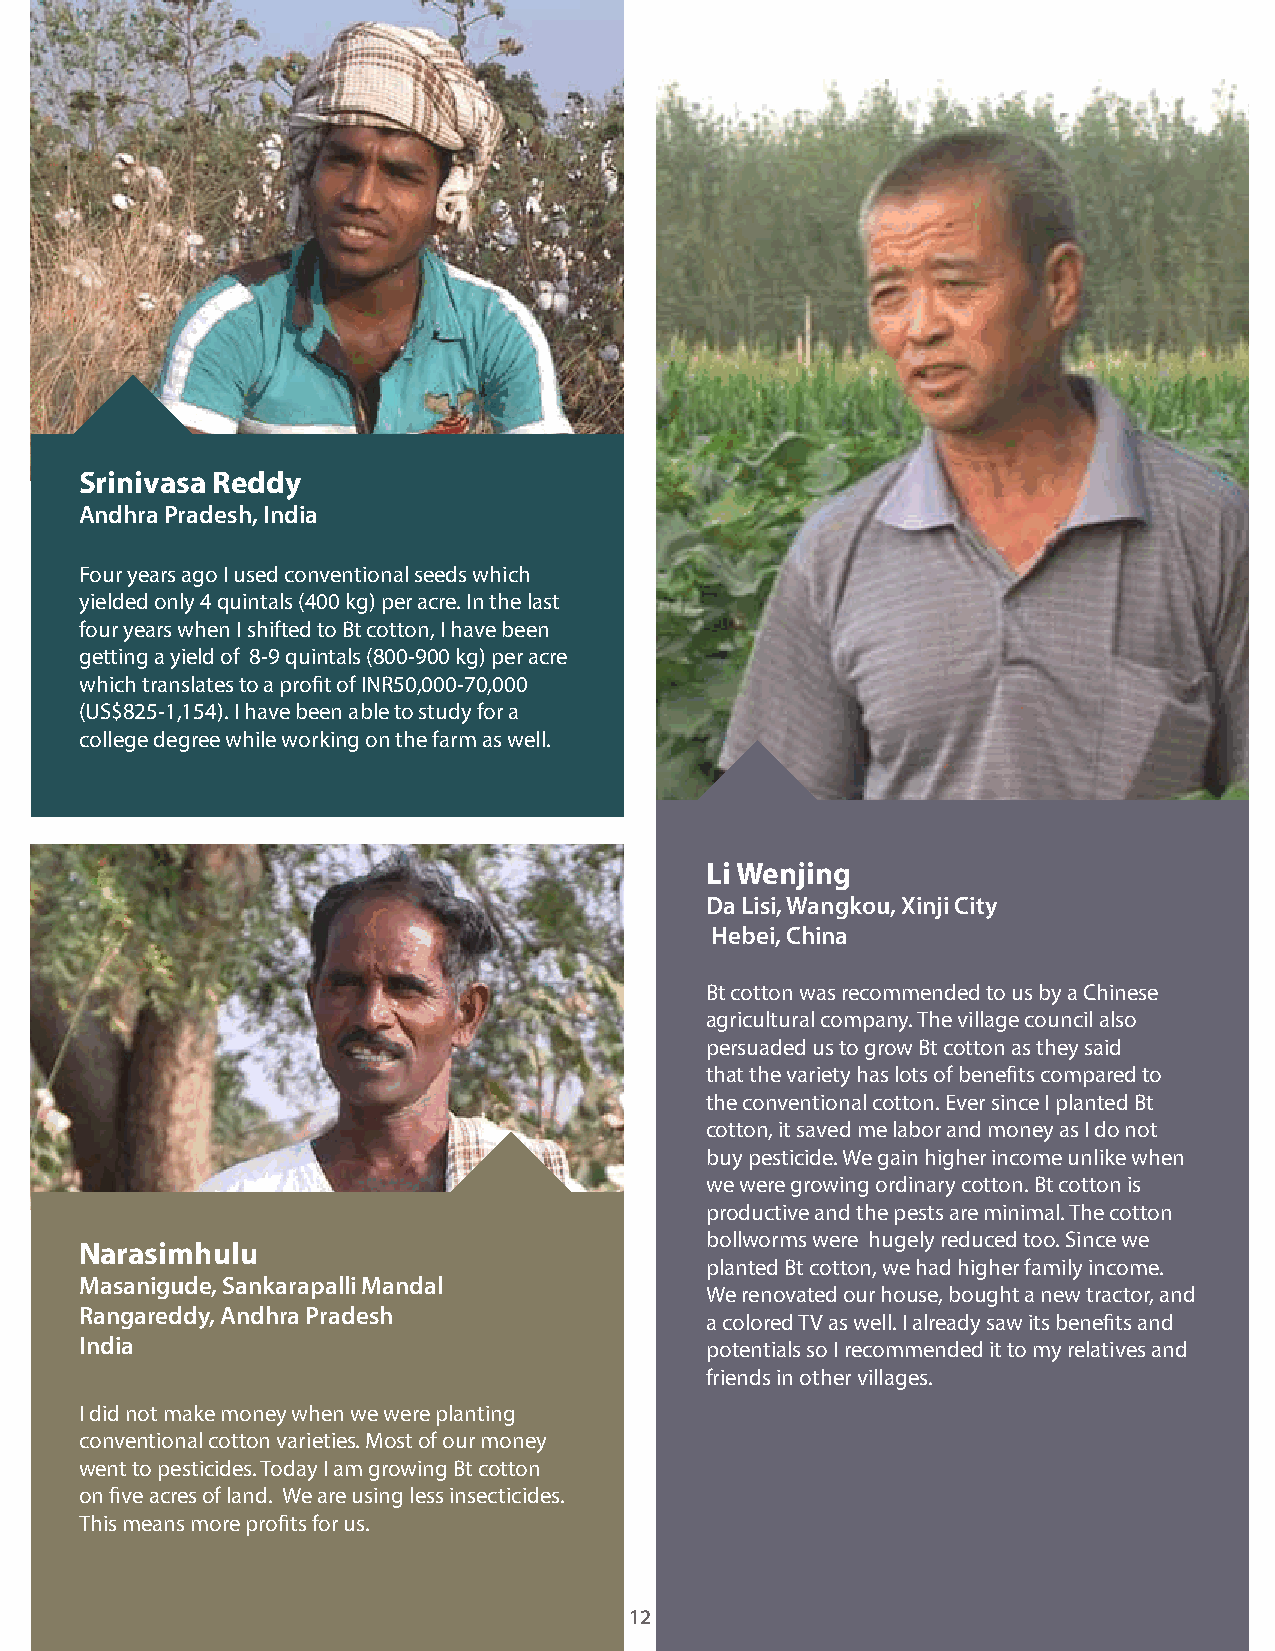
Srinivasa Reddy
 Andhra Pradesh, India
 Four years ago I used conventional seeds which
 yielded only 4 quintals (400 kg) per acre. In the last
 four years when I shifted to Bt cotton, I have been
 getting a yield of 8-9 quintals (800-900 kg) per acre
 which translates to a profit of INR50,000-70,000
 (US$825-1,154). I have been able to study for a
 college degree while working on the farm as well.
 Li Wenjing
 Da Lisi, Wangkou, Xinji City
 Hebei, China
 Bt cotton was recommended to us by a Chinese
 agricultural company. The village council also
 persuaded us to grow Bt cotton as they said
 that the variety has lots of benefits compared to
 the conventional cotton. Ever since I planted Bt
 cotton, it saved me labor and money as I do not
 buy pesticide. We gain higher income unlike when
 we were growing ordinary cotton. Bt cotton is
 productive and the pests are minimal. The cotton
 bollworms were hugely reduced too. Since we
 Narasimhulu
 planted Bt cotton, we had higher family income.
 Masanigude, Sankarapalli Mandal
 We renovated our house, bought a new tractor, and
 Rangareddy, Andhra Pradesh
 a colored TV as well. I already saw its benefits and
 India                                     potentials so I recommended it to my relatives and
 friends in other villages.
 I did not make money when we were planting
 conventional cotton varieties. Most of our money
 went to pesticides. Today I am growing Bt cotton
 on five acres of land. We are using less insecticides.
 This means more profits for us.
 12